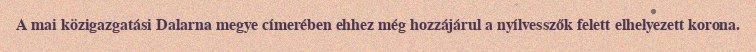
A mai közigazgatási Dalarna megye címerében ehhez még hozzájárul a nyílvesszők felett elhelyezett korona.